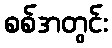
စစ်အတွင်း